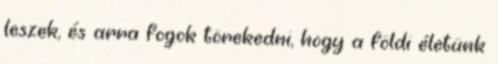
leszek, és arra fogok törekedni, hogy a földi életünk